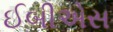
ઈબીએસ